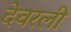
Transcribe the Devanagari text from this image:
देवरली